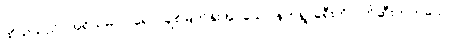
ထိုသူသည်။ အရိယမဂ္ဂါဝရော၊ ချစ်မြတ်နိုးအပ်သော နတ်ရွာခရီးကို ပိတ်ဆီးတတ်သော